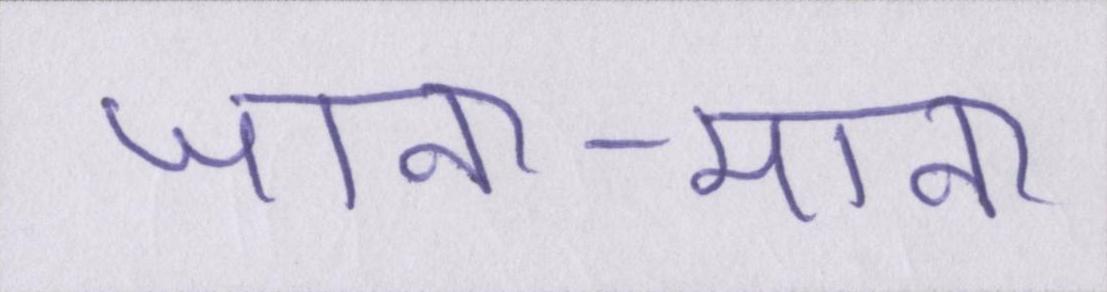
जाना-माना